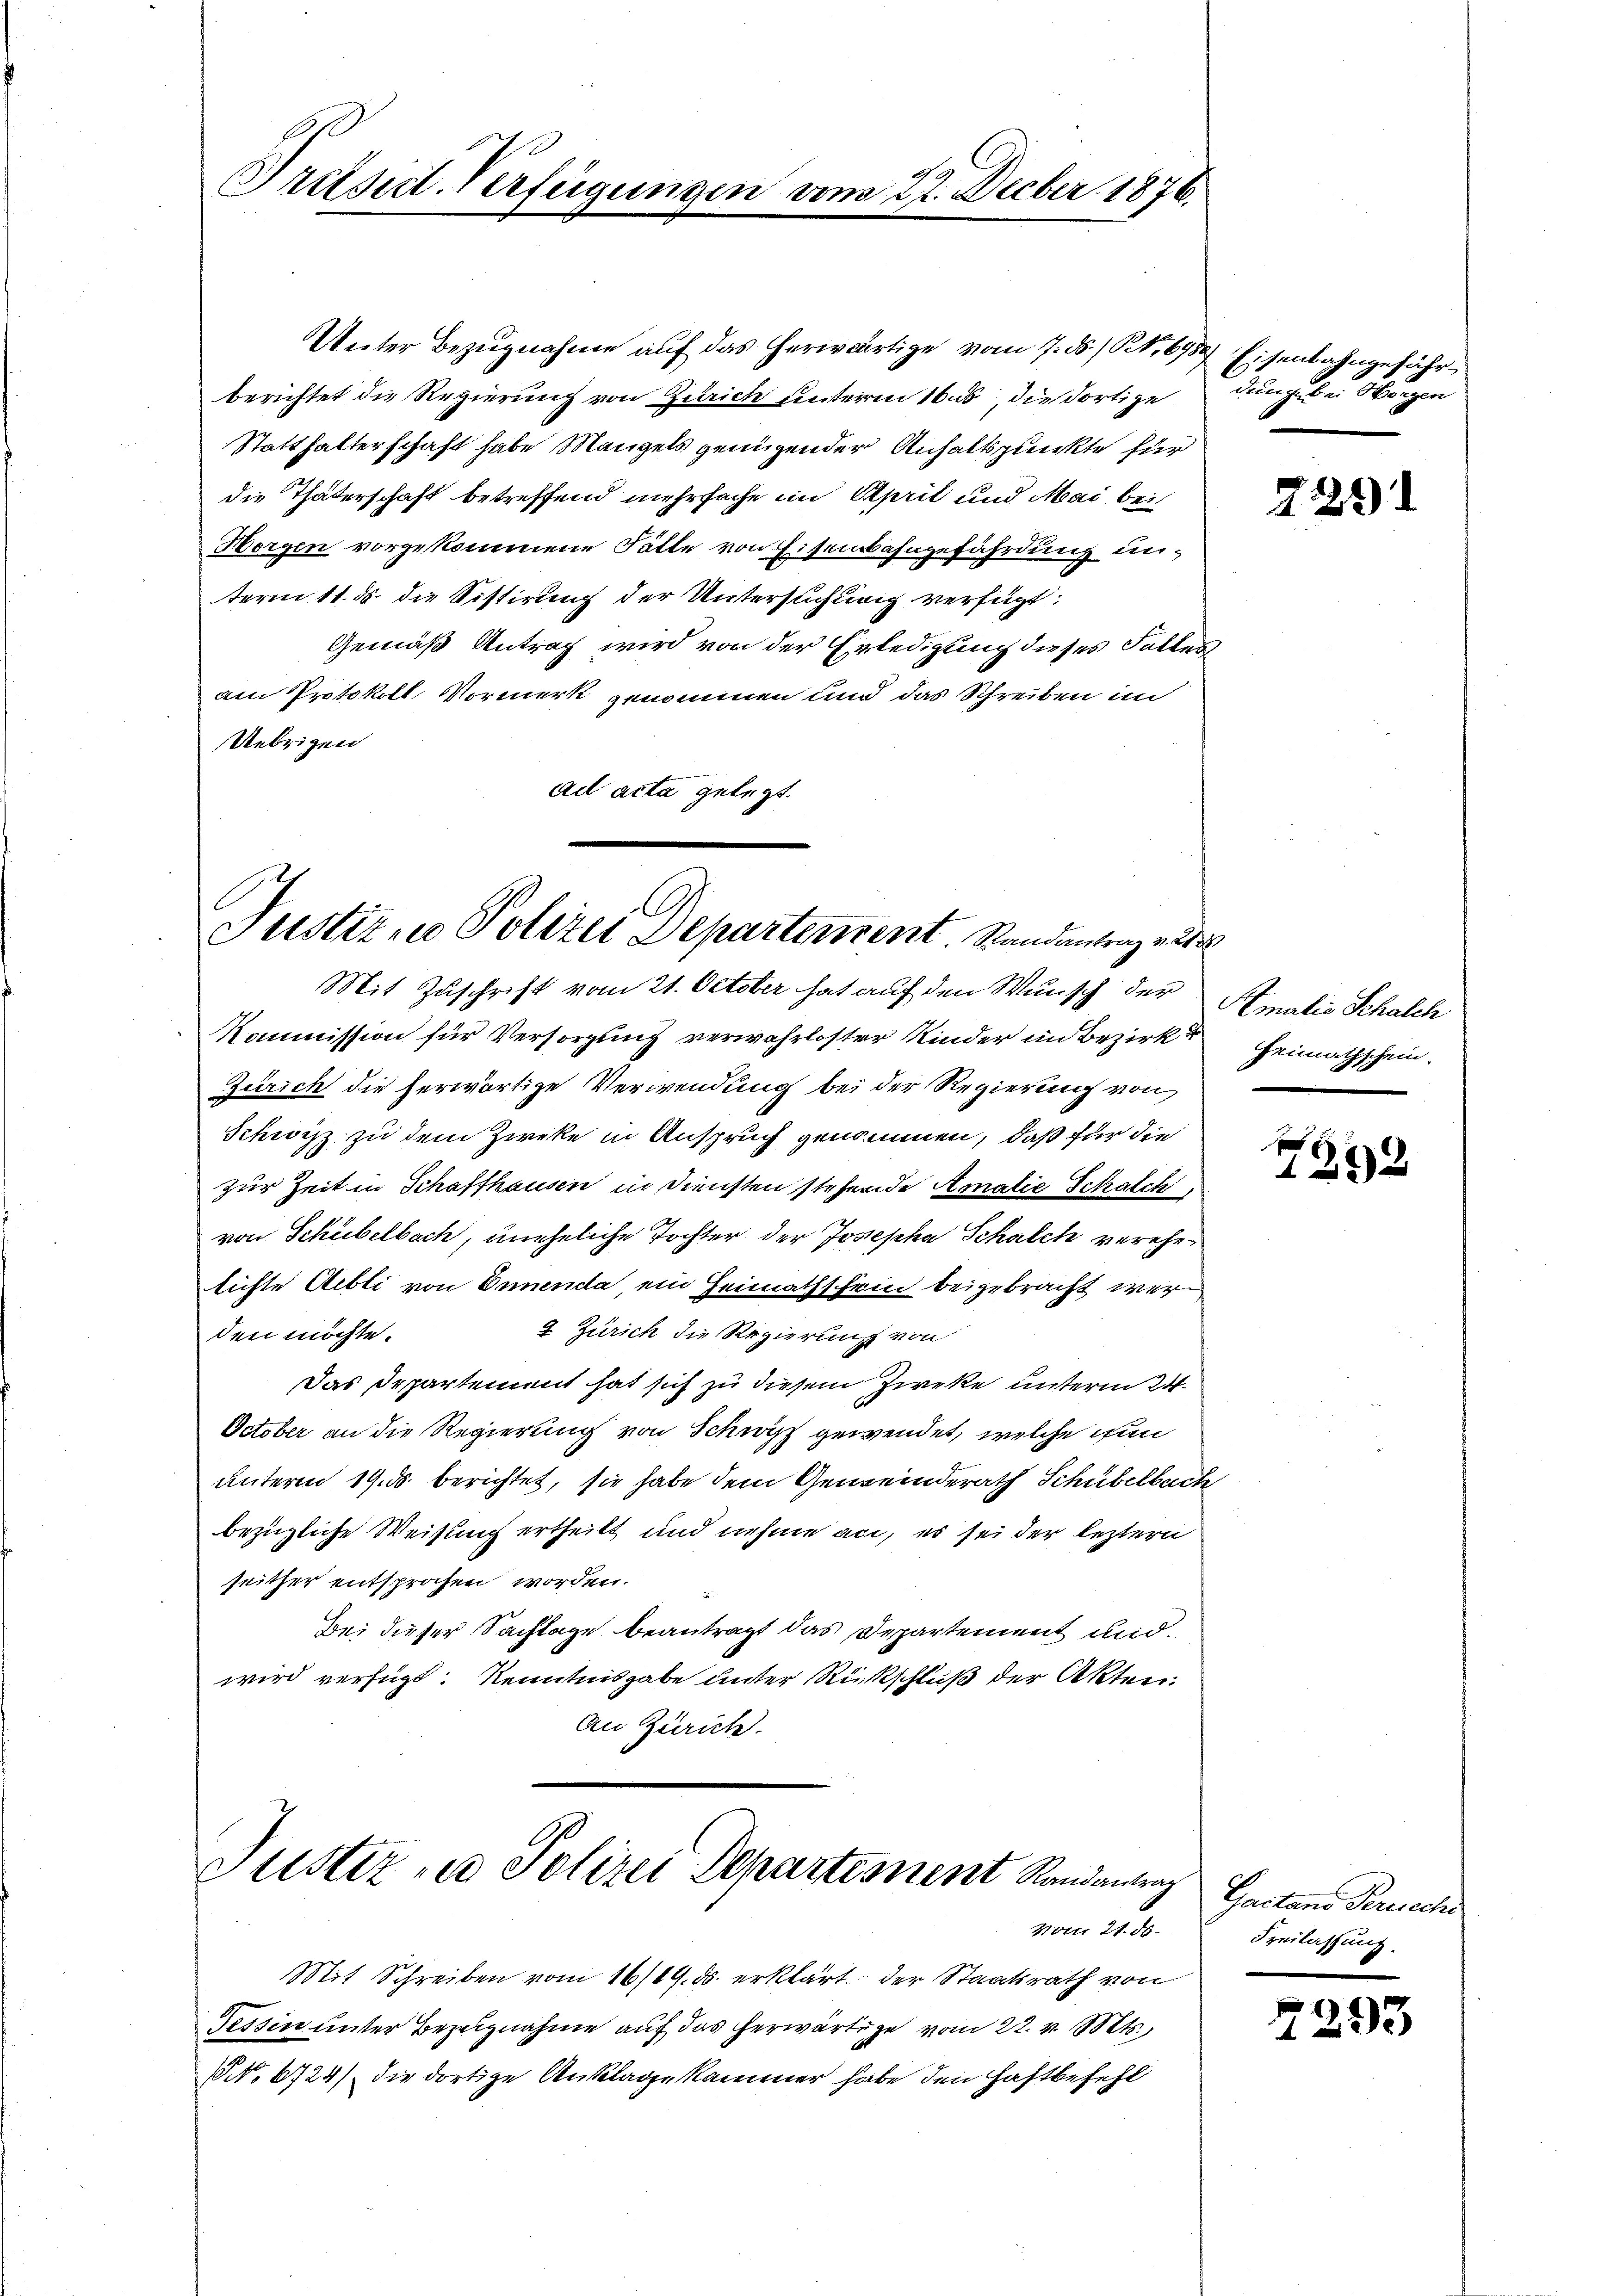
Pretsict. Verfügung

.

9
vom 27. Decber 1876.

Unter Bezugnahme auf das herwärtige vom 7. ds. /, 698
berichtet die Regierung von Zürich unterm 16. ds, die dortige
Statthalterschaft habe Mangels genügender Anhaltspunkte für
die Thäterschaft betreffend mehrfache im April und Mai bei
Horgen vorgekommene Fälle von Eisenbahngefährdung unterm 11. ds. die Sistirung der Untersuchung verfügt:
Gemäß Antrag wird von der Erledigung dieses Falles
am Protokoll Vormerk genommen und das Schreiben im
Uebrigen
ad acta gelegt.

Justiz, u. Polizei Departement Randantrag alsda

Justiz u. Polizei Departement Randantrag

vom 21. ds.
Mit Schreiben vom 16/19. ds. erklärt der Staatsrath von
Tessin unter Bezugnahme auf das herwärtige vom 22. v. Mts.,
NNo 6724) die dortige Anklage kammer habe den Haftbefehl

Mit Zuschrift vom 21. October hat auf den Wunsch der Amatio Schalch
Kommission für Versorgung verwahrloster Kinder in Bezirke Heimathschein.
Zürich die herwärtige Verwendung bei der Regierung von
Schwitz zu dem Zweke in Anspruch genommen, daß für die
zur Zeit in Schaffhausen in Diensten stehende Amalie Schalch
von Schübelbach, uneheliche Tochter der Josepha Schalch verehelichte Abli von Onunda ein Heimathschein beigebracht wer
2. Zürich die Regierung von
den möchte.
Das Departement hat sich zu diesem Zirke unterm 24.
October an die Regierung von Schwyz gewendet, welche ihn
unterm 19. ds. berichtet, sie habe dem Gemeinderath Schubelbach
bezügliche Weisung ertheilt und nehme an, es sei der leztern
seither entsprochen worden.
Bei dieser Sachlage beantragt das Departement und
wird verfügt: Kenntnisgabe unter Rückschluß der Akten.
An Zürich.

Eisenbahngefähr
dunge bei Horgen

229

1222

Garten Base
Freilassung.

79

33